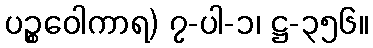
ပဉ္စဝေါကာရ) ၇-ပါ-၁၊ ဋ္ဌ-၃၅၆။